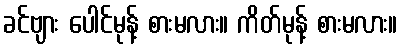
ခင်ဗျား ပေါင်မုန့် စားမလား။ ကိတ်မုန့် စားမလား။